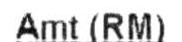
AMT(RM)